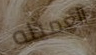
العميله